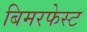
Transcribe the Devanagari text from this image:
बिमरफेस्ट